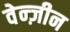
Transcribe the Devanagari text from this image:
वेन्ज़ीन